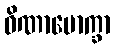
ဝိဏာမောက္ခာ